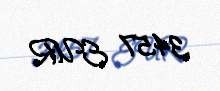
3457 EUR